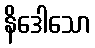
နိဒေါသော